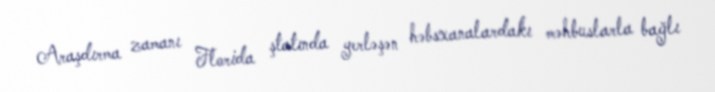
Araşdırma zamanı Florida ştatında yerləşən həbsxanalardakı məhbuslarla bağlı